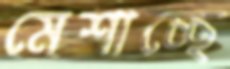
মেশাচ্ছে